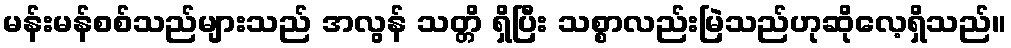
မန်းမန်စစ်သည်များသည် အလွန် သတ္တိ ရှိပြီး သစ္စာလည်းမြဲသည်ဟုဆိုလေ့ရှိသည်။